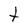
Character: t